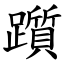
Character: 躓